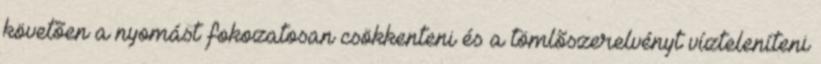
követõen a nyomást fokozatosan csökkenteni és a tömlõszerelvényt vízteleníteni